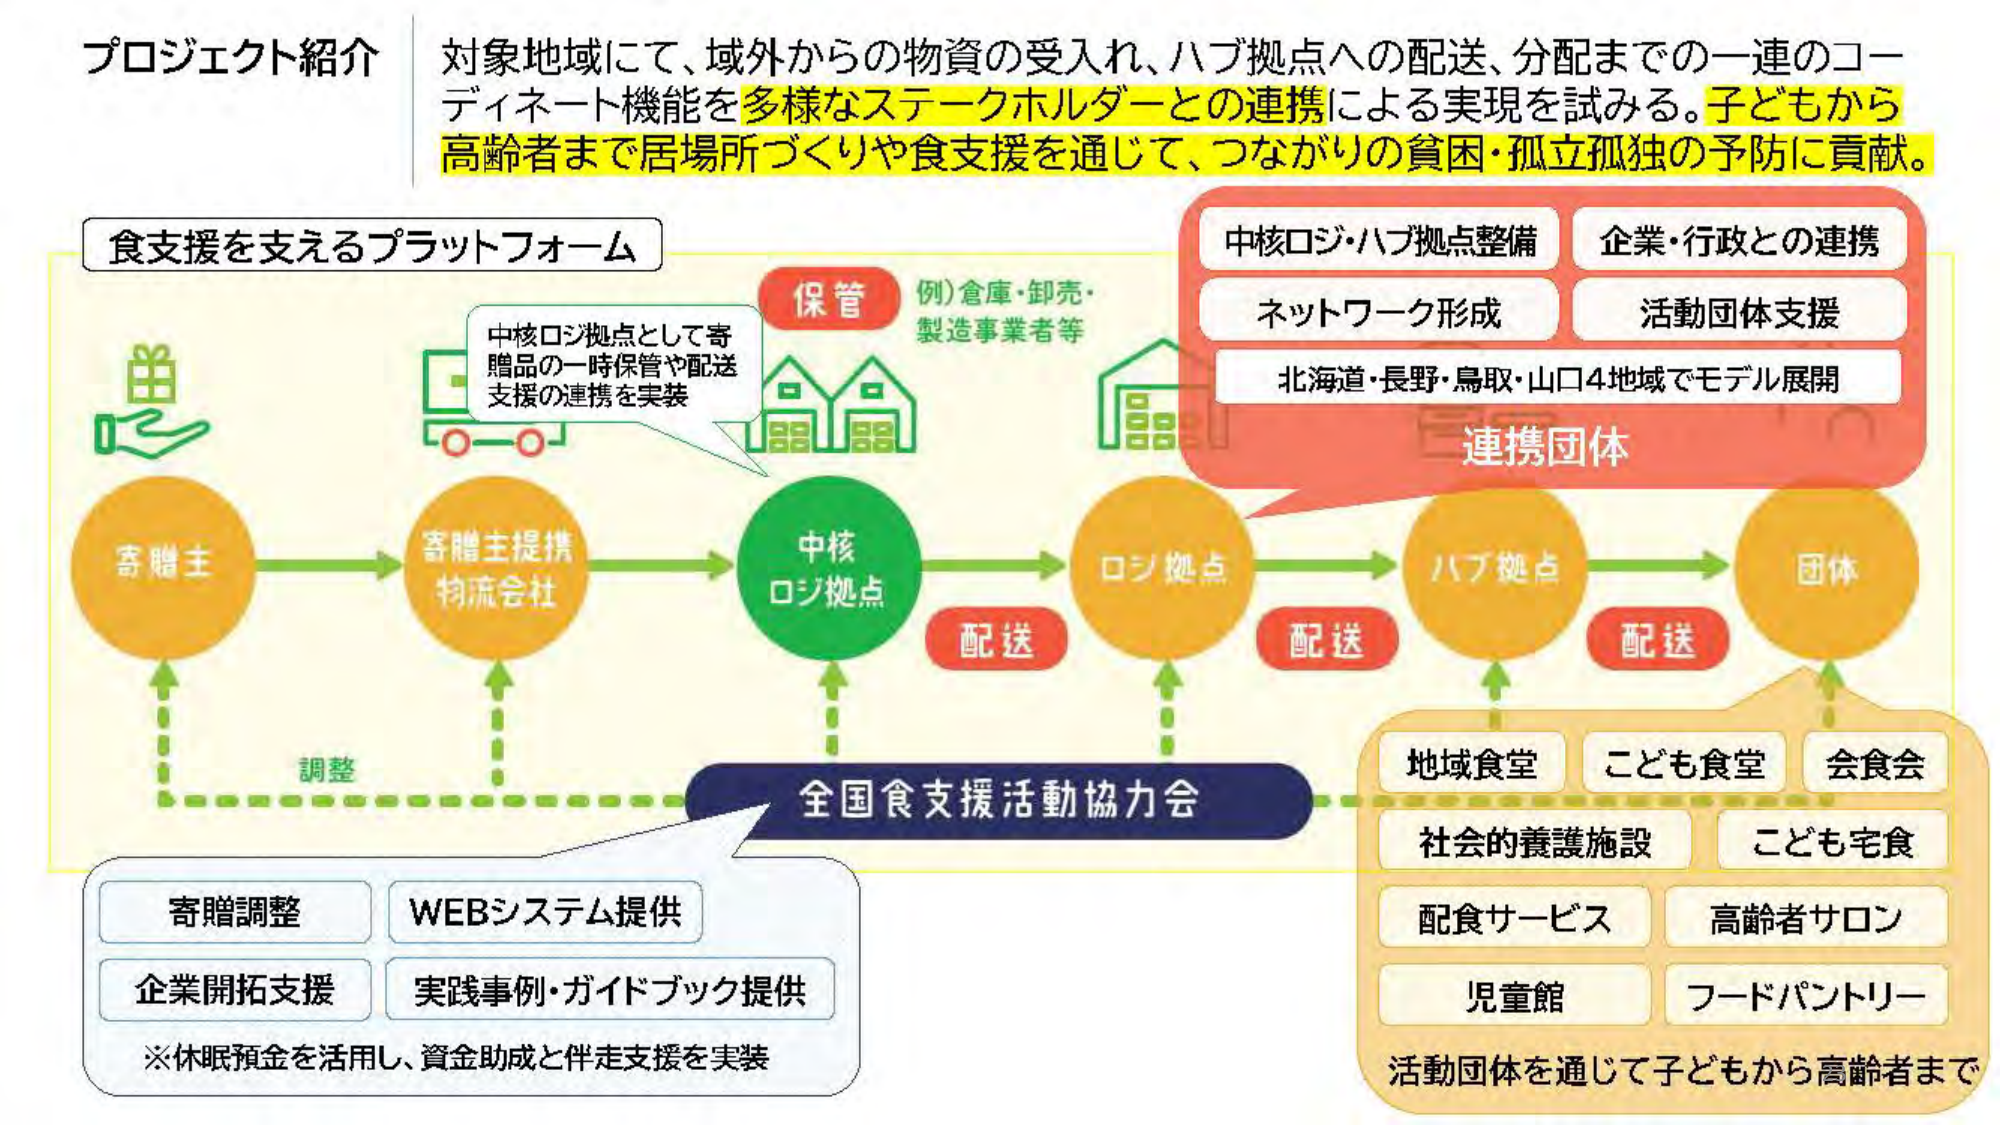
プロジェクト紹介
対象地域にて、域外からの物資の受入れ、ハブ拠点への配送、分配までの一連のコーディネート機能を多様なステークホルダーとの連携による実現を試みる。子どもから高齢者まで居場所づくりや食支援を通じて、つながりの貧困・孤立孤独の予防に貢献。

食支援を支えるプラットフォーム

保管
例）倉庫・卸売・製造事業者等

中核ロジ拠点として寄贈品の一時保管や配送支援の連携を実装

中核ロジ拠点
ロジ拠点
ハブ拠点
団体

配送
配送
配送

全国食支援活動協力会

連携団体
中核ロジ・ハブ拠点整備
企業・行政との連携
ネットワーク形成
活動団体支援
北海道・長野・鳥取・山口4地域でモデル展開

寄贈主
寄贈主提携物流会社

調整

寄贈調整
WEBシステム提供
企業開拓支援
実践事例・ガイドブック提供
※休眠預金を活用し、資金助成と伴走支援を実装

地域食堂
こども食堂
会食会
社会的養護施設
こども宅食
配食サービス
高齢者サロン
児童館
フードパントリー
活動団体を通じて子どもから高齢者まで